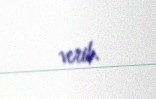
verib.